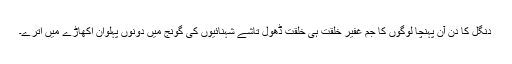
دنگل کا دن آن پہنچا لوگوں کا جم غفیر خلقت ہی خلقت ڈھول تاشے شہنائیوں کی گونج میں دونوں پہلوان اکھاڑے میں اترے۔